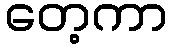
တေ့ကာ